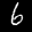
Label: 6